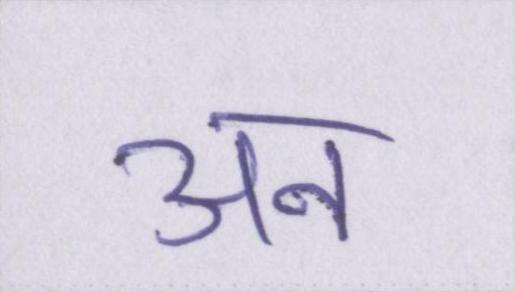
अन